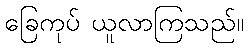
ခြေကုပ် ယူလာကြသည်။